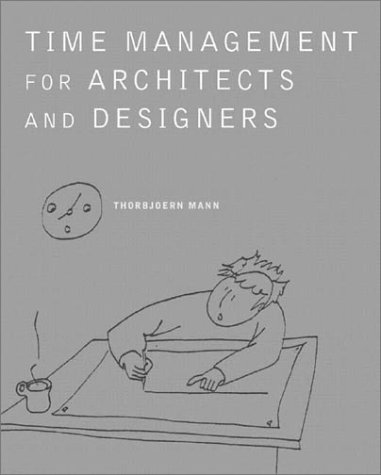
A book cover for Time Management for Architects and Designers; Thorbjoern Mann; Arts & Photography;